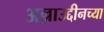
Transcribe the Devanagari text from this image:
अल्लाउद्दीनच्या